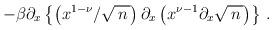
LaTeX: \begin{align*}-\beta\partial_x\left\{\left(x^{1-\nu}/\sqrt{\, n\,}\right) \partial_x \left(x^{\nu-1}\partial_x \sqrt{\, n\,} \right)\right\}\,.\end{align*}